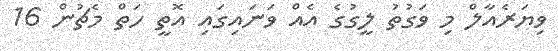
ވިޔަރެއާލް މި ވަގުތު ލީގުގެ އެއް ވަނައިގައި އޮތީ ހަތް މެޗުން 16